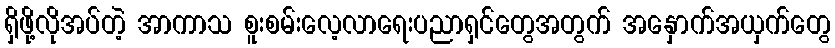
ရှိဖို့လိုအပ်တဲ့ အာကာသ စူးစမ်းလေ့လာရေးပညာရှင်တွေအတွက် အနှောက်အယှက်တွေ